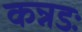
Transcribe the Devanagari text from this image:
कन्नडः